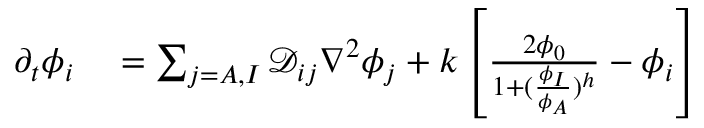
\begin{array} { r l } { \partial _ { t } \phi _ { i } } & { { } = \sum _ { j = A , I } \mathcal D _ { i j } \nabla ^ { 2 } \phi _ { j } + k \left[ \frac { 2 \phi _ { 0 } } { 1 + ( \frac { \phi _ { I } } { \phi _ { A } } ) ^ { h } } - \phi _ { i } \right] } \end{array}